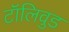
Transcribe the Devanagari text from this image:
टॉलिवुड